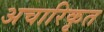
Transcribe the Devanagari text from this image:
अचारिकृत